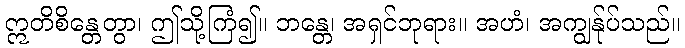
ဣတိစိန္တေတွာ၊ ဤသို့ကြံ၍။ ဘန္တေ၊ အရှင်ဘုရား။ အဟံ၊ အကျွန်ုပ်သည်။